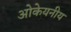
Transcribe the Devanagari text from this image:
ओकेयनीय